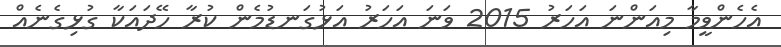
އެހެންވީމާ މިއަންނަ އަހަރު 2015 ވަނަ އަހަރު އަޅުގަނޑުމެން ކުރާ ހޭދައަކާ ގުޅިގެނެއް